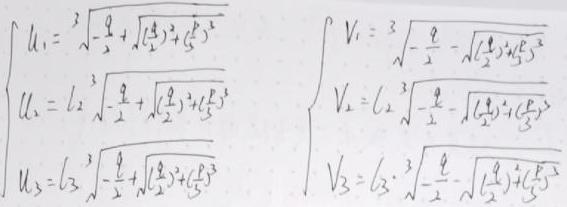
\[
\begin{cases}
u_1 = \sqrt[3]{-\frac{p}{2}+\sqrt{(\frac{p}{2})^2+(\frac{q}{3})^3}} \\
u_2 = \omega\sqrt[3]{-\frac{p}{2}+\sqrt{(\frac{p}{2})^2+(\frac{q}{3})^3}} \\
u_3 = \omega^2\sqrt[3]{-\frac{p}{2}+\sqrt{(\frac{p}{2})^2+(\frac{q}{3})^3}}
\end{cases}
\quad
\begin{cases}
v_1 = \sqrt[3]{-\frac{p}{2}-\sqrt{(\frac{p}{2})^2+(\frac{q}{3})^3}} \\
v_2 = \omega\sqrt[3]{-\frac{p}{2}-\sqrt{(\frac{p}{2})^2+(\frac{q}{3})^3}} \\
v_3 = \omega^2\sqrt[3]{-\frac{p}{2}-\sqrt{(\frac{p}{2})^2+(\frac{q}{3})^3}}
\end{cases}
\]